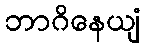
ဘာဂိနေယျံ